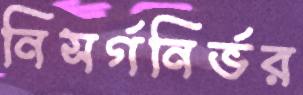
নিসর্গনির্ভর